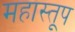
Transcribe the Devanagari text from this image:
महास्तूप